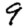
Digit: 9